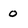
Character: 0